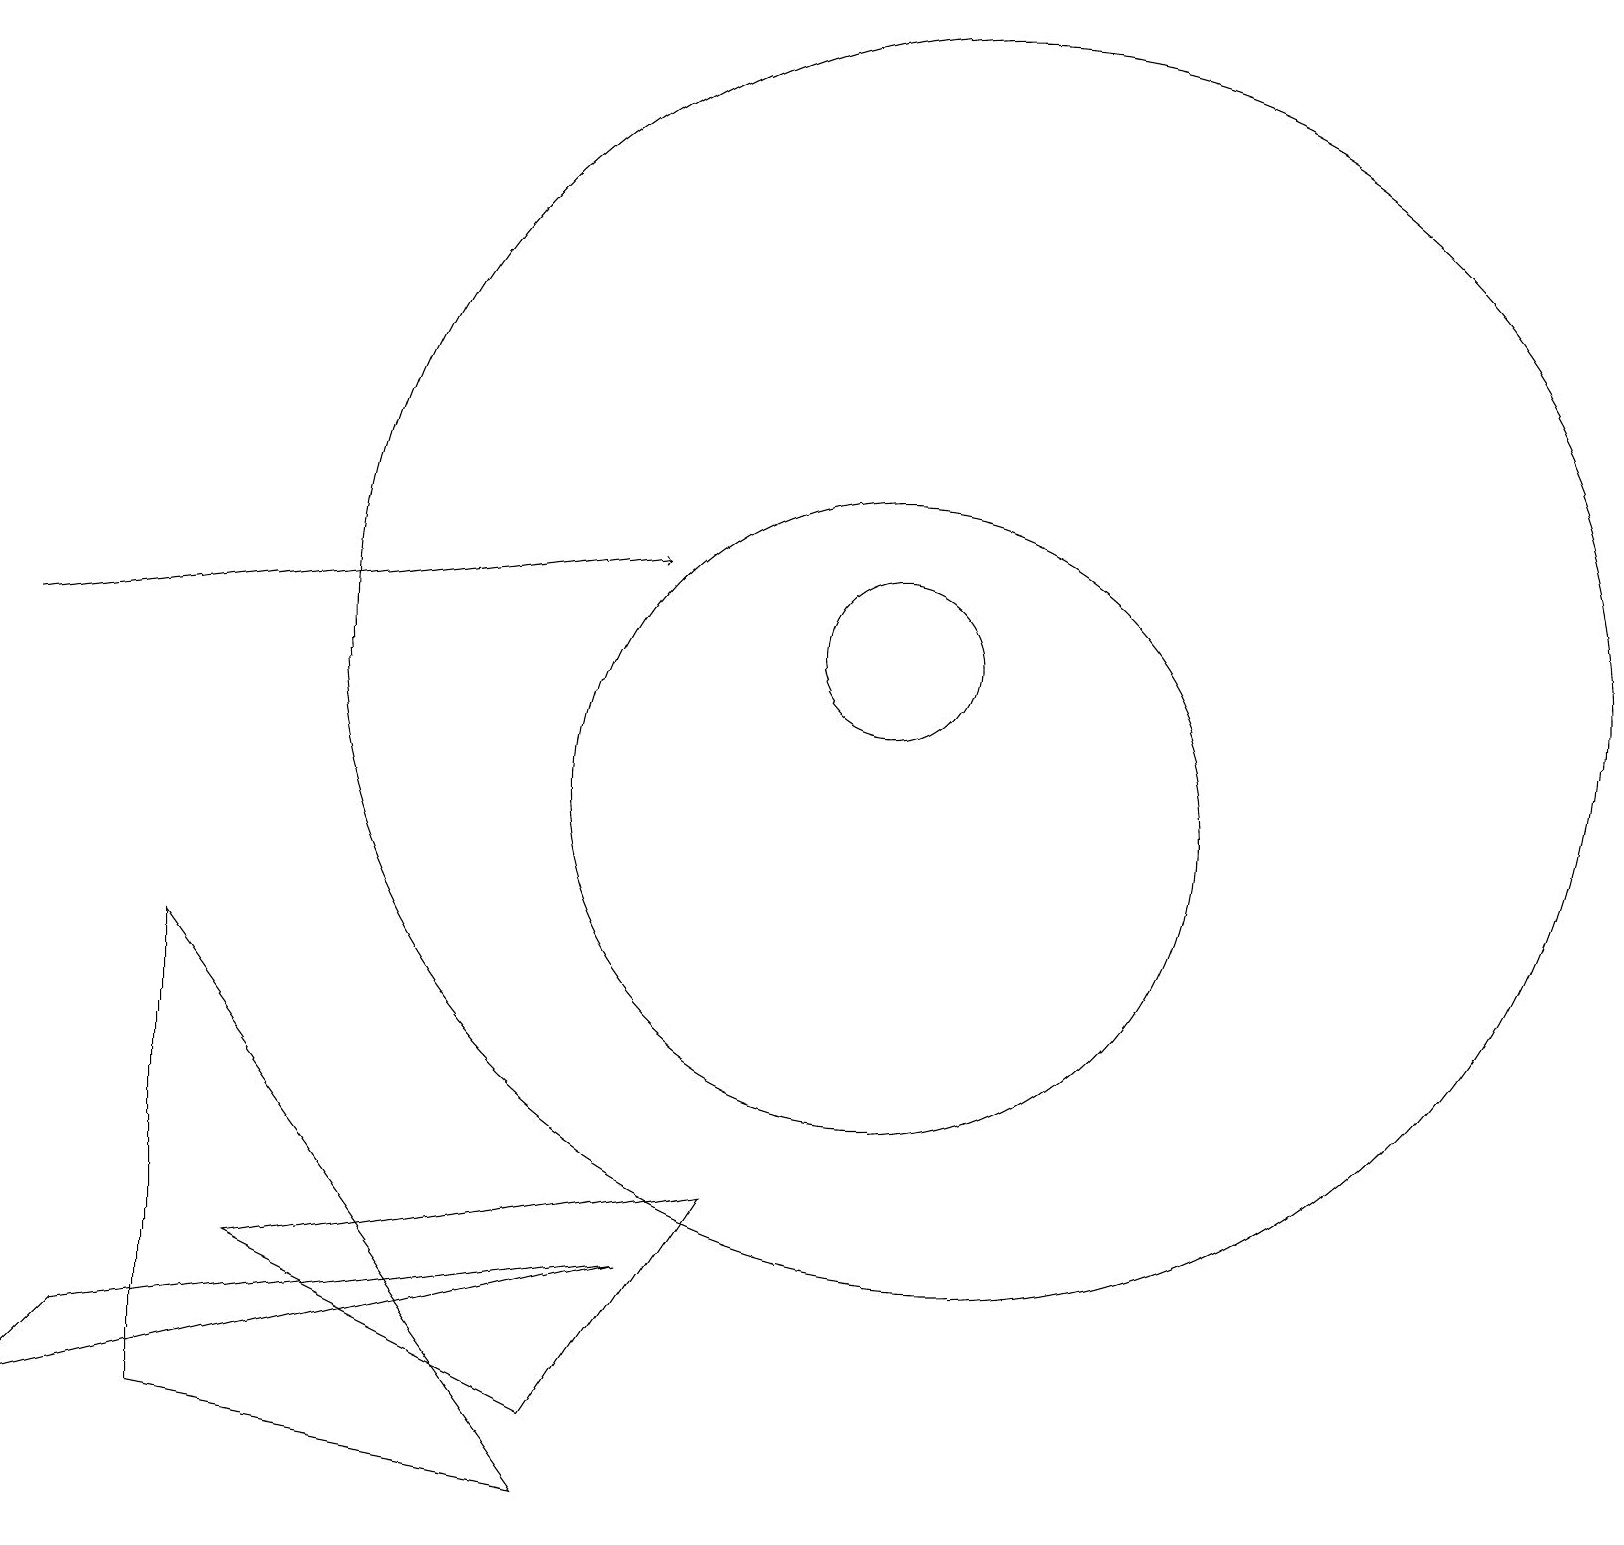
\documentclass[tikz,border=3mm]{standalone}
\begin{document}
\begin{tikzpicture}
\draw (11,10) circle (4);
\draw (11,12) circle (1);
\draw (1,3) -- (8,4) -- (0,2) -- cycle;
\draw (7,2) -- (9,5) -- (3,4) -- cycle;
\draw (2,2) -- (7,1) -- (2,8) -- cycle;
\draw[->] (0,12) -- (8,13);
\draw (12,12) circle (8);
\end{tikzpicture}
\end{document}